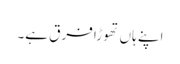
اپنے ہاں تھوڑا فرق ہے۔